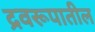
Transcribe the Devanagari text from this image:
द्रवरूपातील